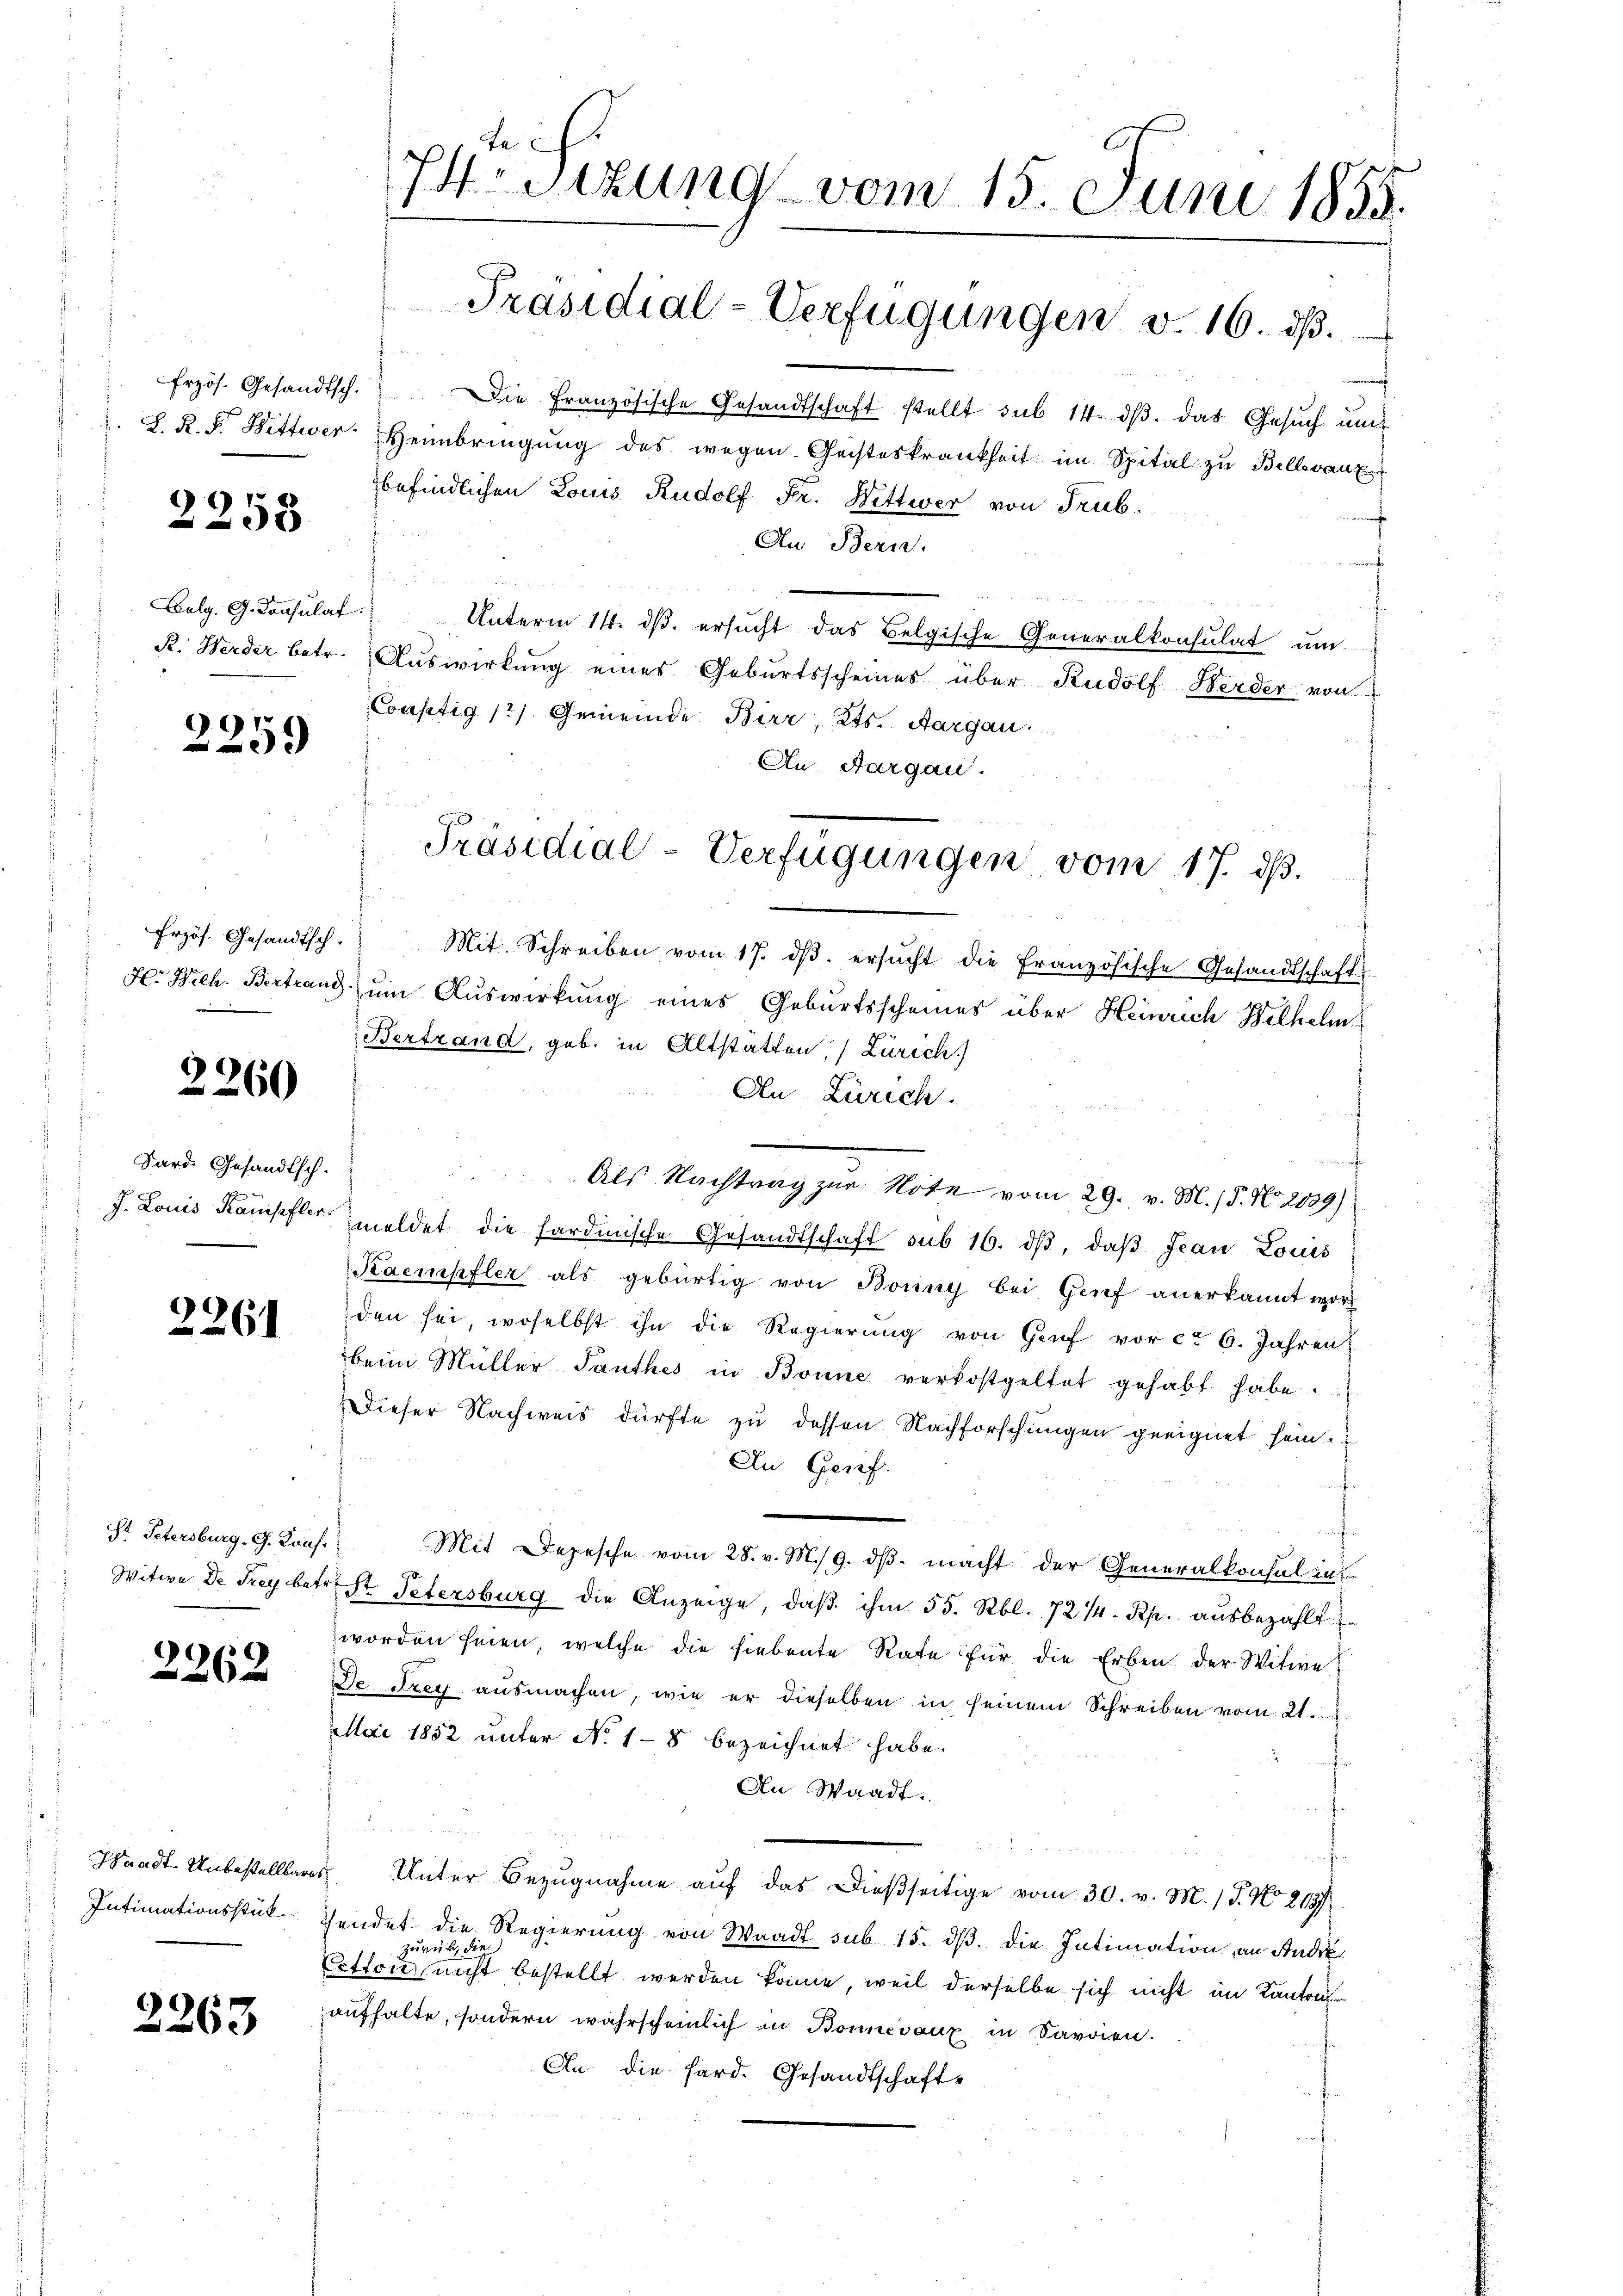
Frzös. Gesandtsch.

2253

Bulg. G. Consulat

67
09

Erzös. Gesandtsch.

)
2260

Sard. Gesandtsch.

2261

St. Petersburg, G. Kons.

2262

Shaadt. Unbestellbares
Intimationsstück

3263

te
74. Sizung vom 15. Juni 1855.
7
Präsidial-Verfügungen v. 16. dß.

Die Französische Gesandtschaft stellt sub 14. ds. das Gesuch und
J. L. R. F. Wittwer Heimbringŭng des wegen Geisteskrankheit im Spital zu Bellevanz
befindlichen Louis Rudolf Fr. Wittwer von Trub.
t
Au Bern.
f
n

Unterm 14. ds. ersucht das Belgische Generalkonsulat um
R. Werder betr. Auswirkung eines Geburtsscheines über Rudolf Herder von
Constig 12) Gemeinde Birr, Kts. Aargau.
An Aargau.
Mit. Schreiben vom 17. dβ. ersŭcht die französische Gesandtschafts
H. Bich. Bertrand, um Auswirkung eines Geburtsscheines über Heinrich Belhelm
Bertrand, geb. in Altstätten, Zürich
An Zürich.
m
Als Nachtrag zur Note vom 29. v. M. / 5. No. 2039)
J. Louis Kampfer meldet die fardische Gesandtschaft sub 16. dβ, daß Jean Louis
Kaenpfler als gebürtig von Bonny bei Genf anerkannt word
den sei, woselbst ihn die Regierŭng von Genf vor ca 6. Jahren
beim Müller Santhes in Bonne verkostgeltet gehabt habe.
Dieser Nachweis dürfte zu dessen Nachforschungen geeignet sein.
An Genf.
f
Mit Depesche vom 28. v. M. 9. dβ macht der Generalkonsul int
Witwe de Frey betr. St. Petersburg die Anzeige, daβ ihm 55. Rbl. 72 /4 Rp. aŭsbezahlt
worden seien, welche die siebente Rate für die Erben der Witwe
De drey ausmachen, wie er dieselben in seinem Schreiben vom 21. d.
Mai 1852 unter No 1-8 bezeichnet habe.
t
An Waadt.
" Unter Bezugnahme auf das dießseitige vom 30. v. M. 15. No 263
sendet die Regierung von Waadt sub 15. dβ. die Intimation, an Audi¬
Cotto einen eine einen nicht bestellt werden könne, weil derselbe sich nicht im Kanton
aufhalte, sondern wahrscheinlich in Bonnevaux in Savoien.
An die Sard. Gesandtschafts

Präsidial-Verfügungen vom 17. ds.